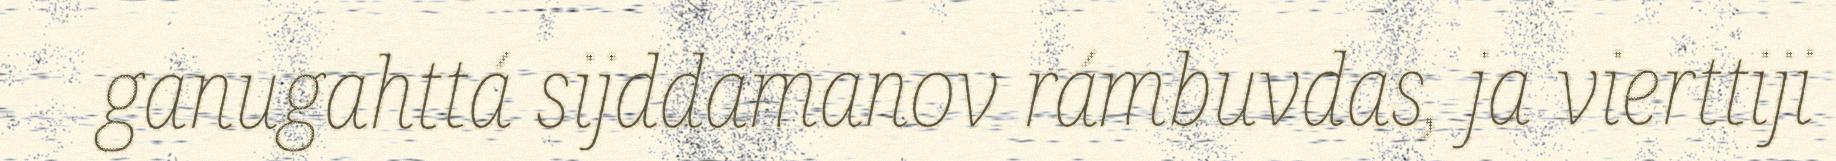
ganugahttá sijddamanov rámbuvdas, ja vierttiji